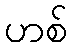
ဟစ်